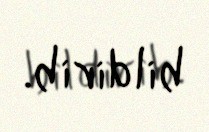
bildirib.